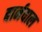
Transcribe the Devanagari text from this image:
बार्नवाल